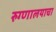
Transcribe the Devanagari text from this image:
रुग्णालयाचा